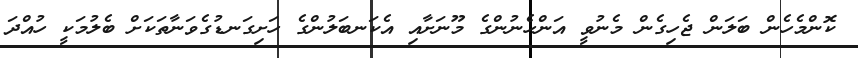
ކޮންމެހެން ބަލަން ޖެހިގެން މެނުވީ އަންހެނުންގެ މޫނަށާއި އެކަނބަލުންގެ ހަށިގަނޑުގެވަނާތަކަށް ބެލުމަކީ ހުއްދަ